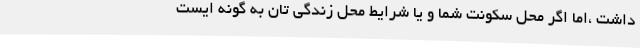
داشت ،اما اگر محل سکونت شما و یا شرایط محل زندگی تان به گونه ایست